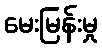
မေးမြန်းမှု